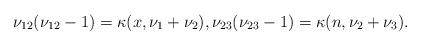
LaTeX: \begin{gather*}\nu_{12}(\nu_{12}-1) =\kappa(x, \nu_1+\nu_2), \nu_{23}(\nu_{23}-1)=\kappa(n, \nu_2+\nu_3).\end{gather*}